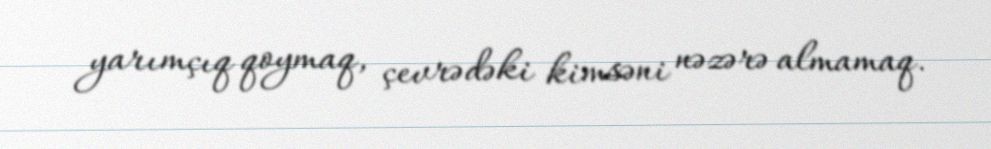
yarımçıq qoymaq, çevrədəki kimsəni nəzərə almamaq.